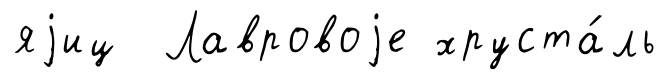
яjиц Лавровоjе хруста́ль